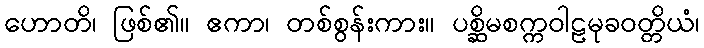
ဟောတိ၊ ဖြစ်၏။ ဧကာ၊ တစ်စွန်းကား။ ပစ္ဆိမစက္ကဝါဠမုခဝတ္တိယံ၊